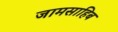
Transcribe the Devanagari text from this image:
जामसाहिब